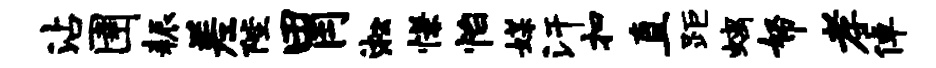
沾圉耨差陛胃淞慊怡媒汗扣直距螭帑孝倬